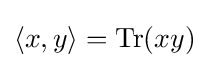
\langle x,y\rangle =\operatorname {Tr} (xy)